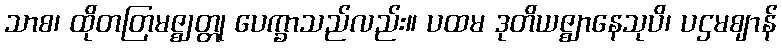
သာစ၊ ထိုတတြမဇ္ဈတ္တု ပေက္ခာသည်လည်း။ ပထမ ဒုတိယဇ္ဈာနေသုပိ၊ ပဌမဈာန်